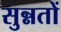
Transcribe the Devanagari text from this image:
सुन्नतों